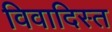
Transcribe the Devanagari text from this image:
विवादिस्त